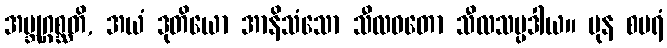
အဗ္ဘုဂ္ဂစ္ဆတိ, အယံ ဒုတိယော အာနိသံသော သီလဝတော သီလသမ္ပဒါယ။ ပုန စပရံ